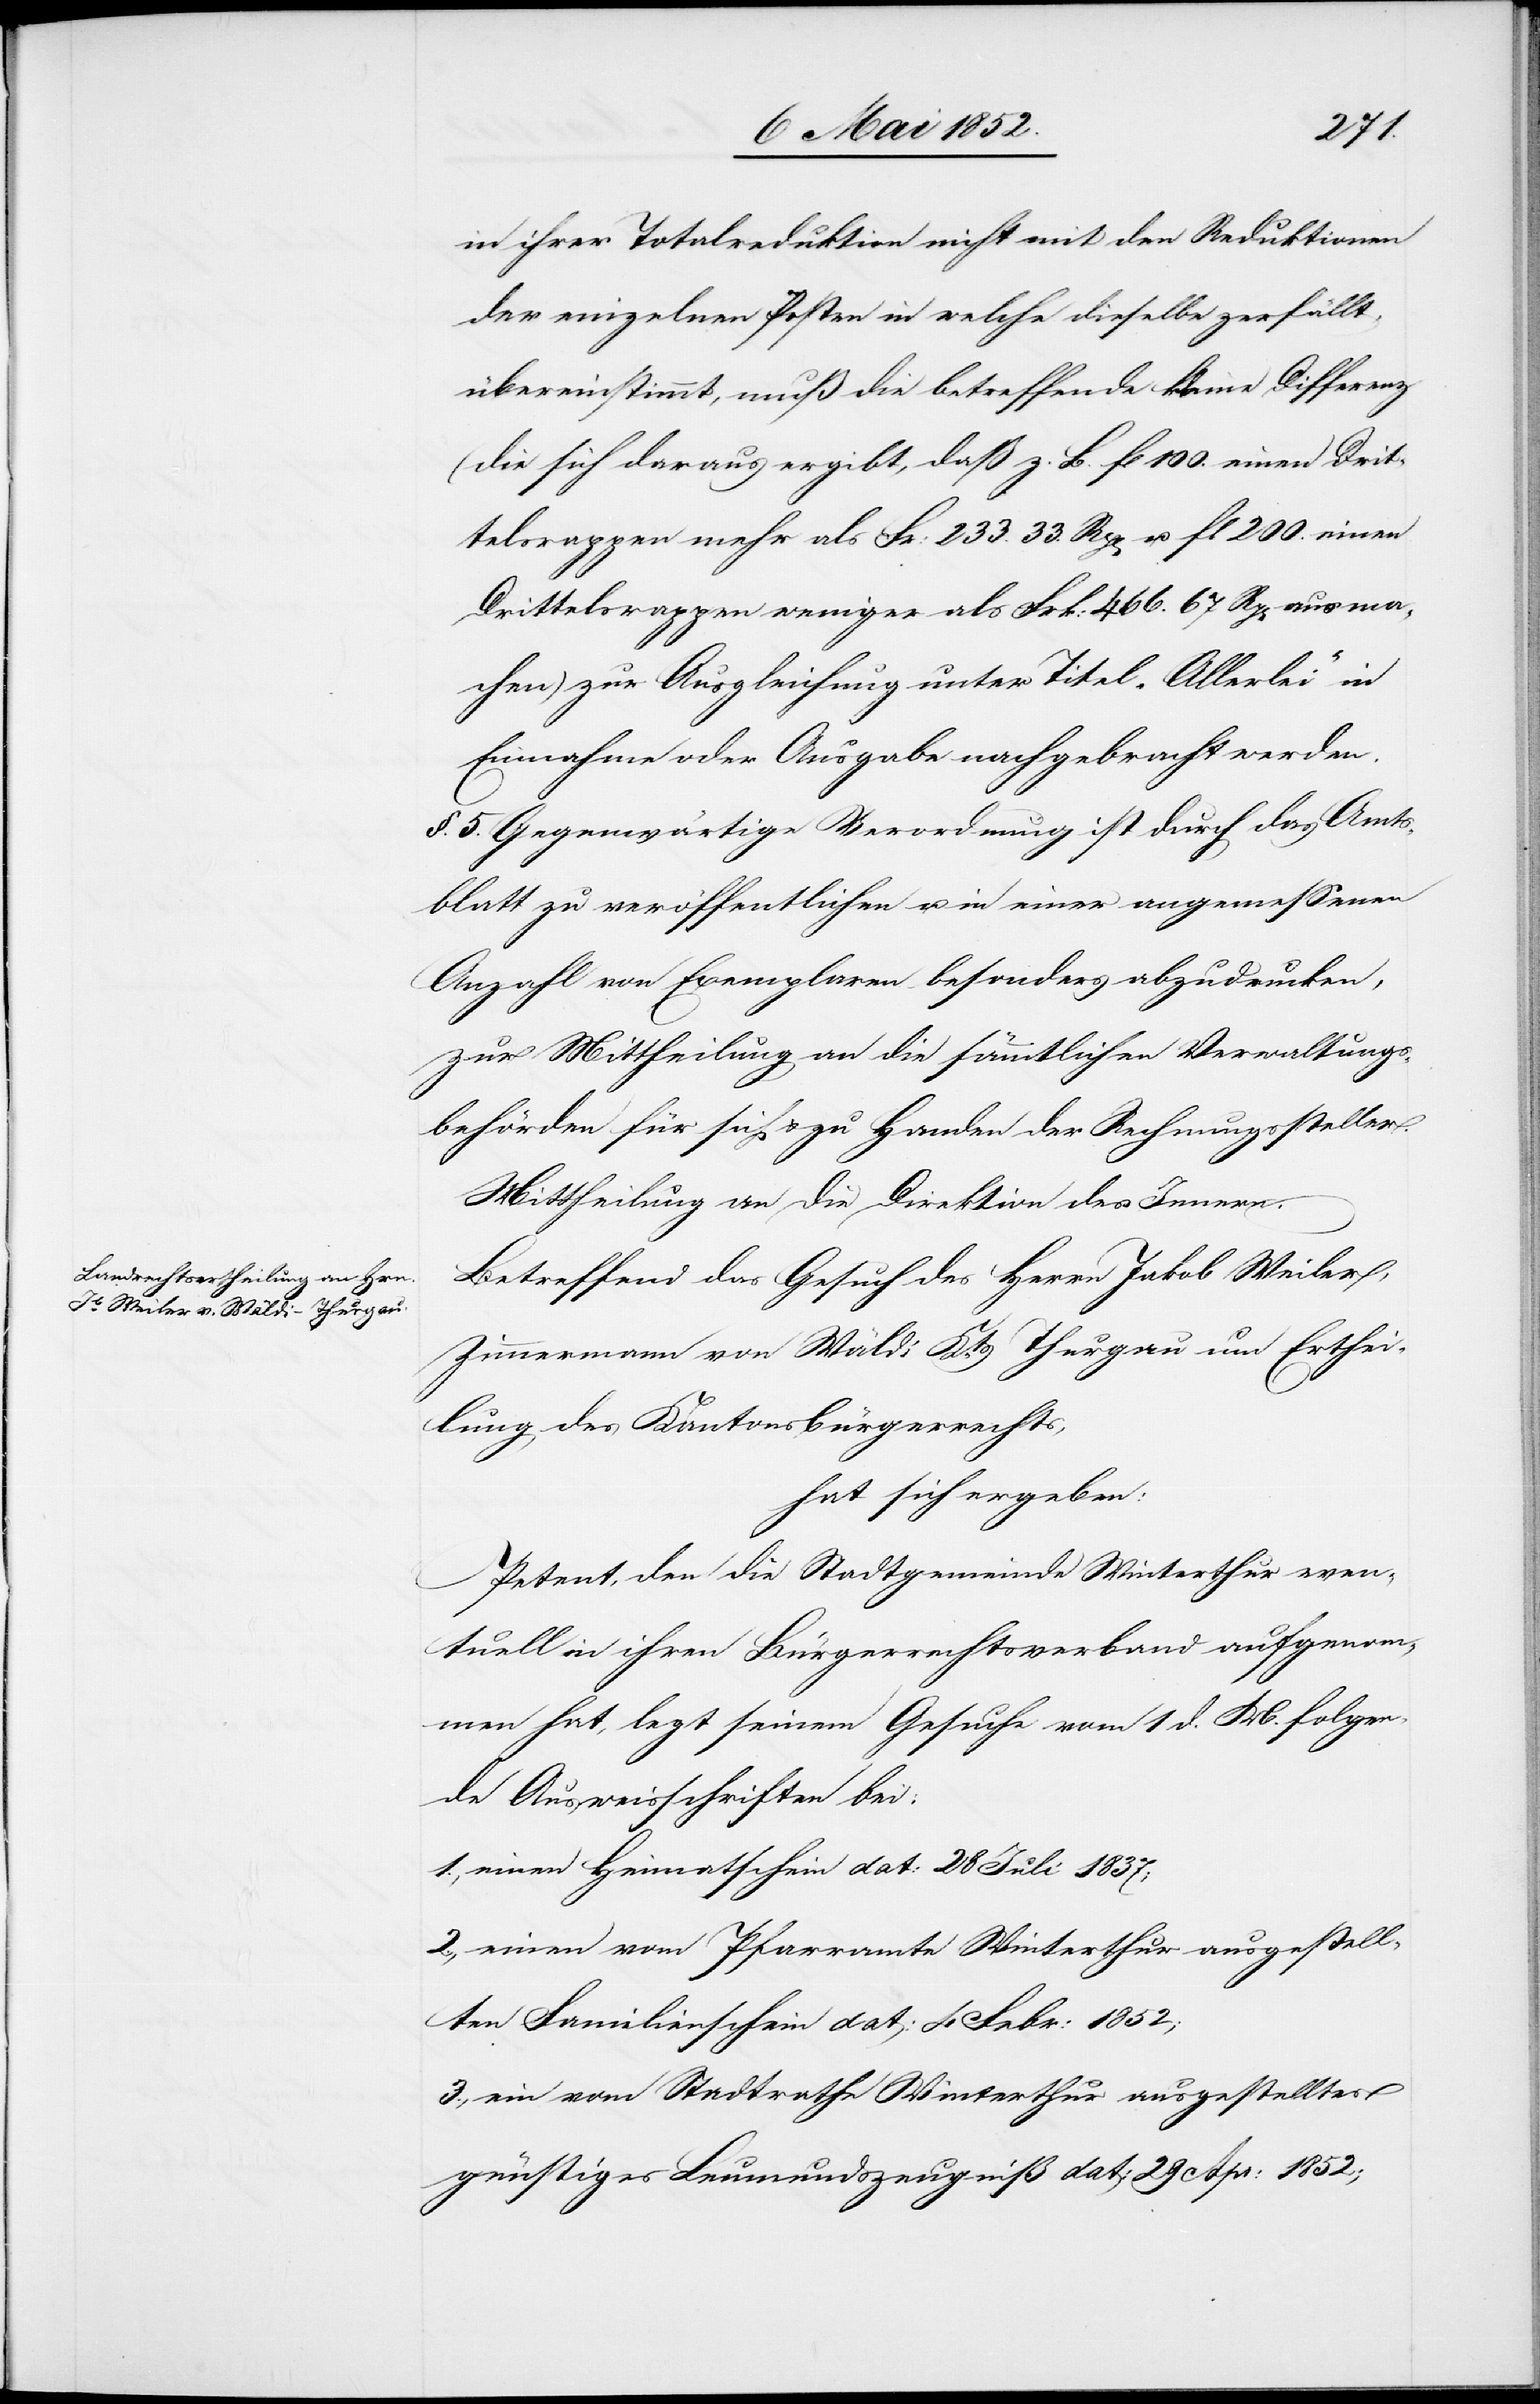
in ihrer Totalreduktion nicht mit den Reduktionen
der einzelnen Posten in welche dieselbe zerfällt,
übereinstimmt, muß die betreffende kleine Differenz
(die sich daraus ergibt, daß z. B. fl 100. einen Drit¬
telsrappen mehr als Fr: 233. 33. Rp[en] u. fl 200. einen
Drittelsrappen weniger als Frk: 466. 67 Rp[en] ausma¬
chen) zur Ausgleichung unter Titel „Allerlei“ in
Einnahme oder Ausgabe nachgebracht werden.
§. 5. Gegenwärtige Verordnung ist durch das Amts¬
blatt zu veröffentlichen u. in einer angemessenen
Anzahl von Exemplaren besonders abzudrucken,
zur Mittheilung an die sämmtlichen Verwaltungs¬
behörden für sich & zu Handen der Rechnungssteller.
Mittheilung an die Direktion des Innern.
Betreffend das Gesuch des Herrn Jakob Weiler,
Zimmermann von Wäldi Kts. Thurgau um Erthei¬
lung des Kantonsbürgerrechts,
hat sich ergeben:
Petent, den die Stadtgemeinde Winterthur even¬
tuell in ihren Bürgerrechtsverband aufgenom¬
men hat, legt seinem Gesuche vom 1 d. M. folgen¬
de Ausweisschriften bei:
1., einen Heimatschein dat: 28 Juli 1837;
2., einen vom Pfarramte Winterthur ausgestell¬
ten Familienschein dat: 4 Febr: 1852;
3., ein vom Stadtrathe Winterthur ausgestelltes
günstiges Leumundszeugniß dat: 29 Apr: 1852;